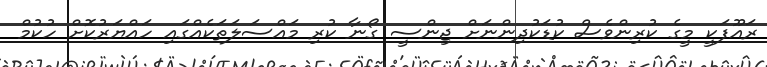
ރައޫފަކީ މީގެ ކުރިންވެސް ކުޑަކުދިންނަށް ޖިންސީ ގޯނާ ކުރި މައްސަލަތަކެއްގައި ހައްޔަރުކޮށް ހުކުމް